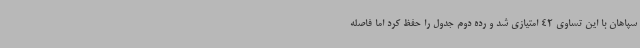
سپاهان با این تساوی 42 امتیازی شد و رده دوم جدول را حفظ کرد اما فاصله